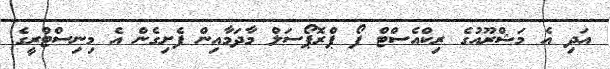
އަދި އެ މަޝްރޫއުގެ ރިކްއެސްޓް ފޯ ޕްރޮޕޯސަލް މާދަމާއިން ފެށިގެން އެ މިނިސްޓްރީގެ